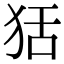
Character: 狧